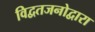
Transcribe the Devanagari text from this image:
विद्वतजनोद्वारा